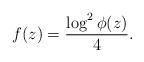
LaTeX: \begin{gather*}f(z) = \frac{\log^2 \phi(z)}{4}.\end{gather*}